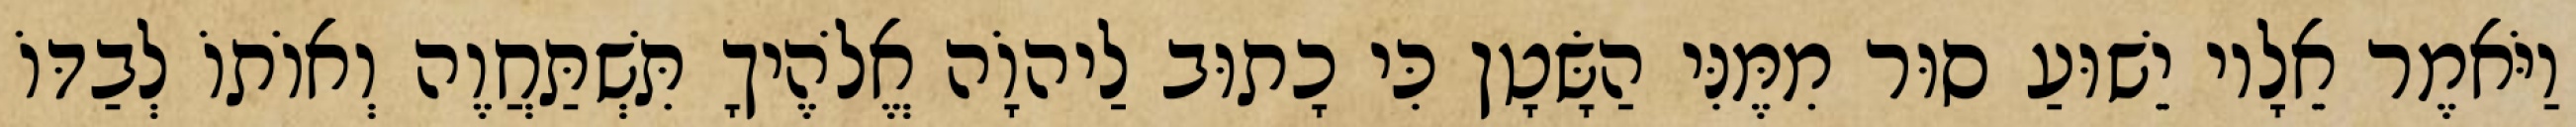
וַיֹּאמֶר אֵלָיו יֵשׁוּעַ סוּר מִמֶּנִּי הַשָּׂטָן כִּי כָתוּב לַיהוָֹה אֱלֹהֶיךָ תִּשְׁתַּחֲוֶה וְאוֹתוֹ לְבַדּוֹ